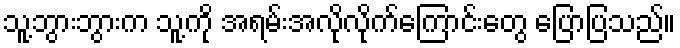
သူ့ဘွားဘွားက သူ့ကို အရမ်းအလိုလိုက်ကြောင်းတွေ ပြောပြသည်။